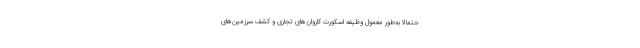
حتمالا به‌طور معمول وظیفه اسکورت کاروان‌های تجاری و کشف سرزمین‌های